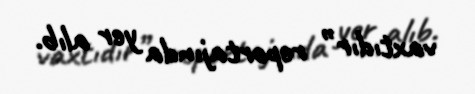
vaxtıdır” reportajında yer alıb.